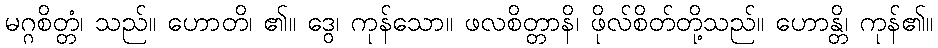
မဂ္ဂစိတ္တံ၊ သည်။ ဟောတိ၊ ၏။ ဒွေ၊ ကုန်သော။ ဖလစိတ္တာနိ၊ ဖိုလ်စိတ်တို့သည်။ ဟောန္တိ၊ ကုန်၏။